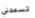
تسعدني